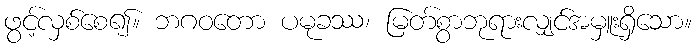
ဖွင့်လှစ်စေ၍။ ဘဂဝတော ပမုခဿ၊ မြတ်စွာဘုရားလျှင်အမှူးရှိသော။